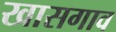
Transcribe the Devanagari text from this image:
खासगाव